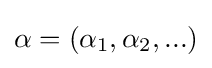
\alpha =(\alpha _{1},\alpha _{2},...)